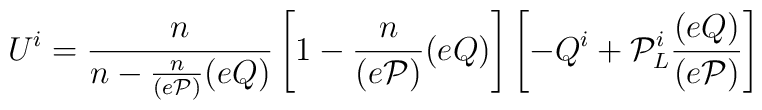
U^{i} =      \frac{n}{n-\frac{n}{(e{\cal P})}(eQ)}      \left[1-\frac{n}{(e{\cal P})}(eQ)\right]      \left[-Q^{i} + {\cal P}^{i}_{L}\frac{(eQ)}{(e{\cal P})}\right]